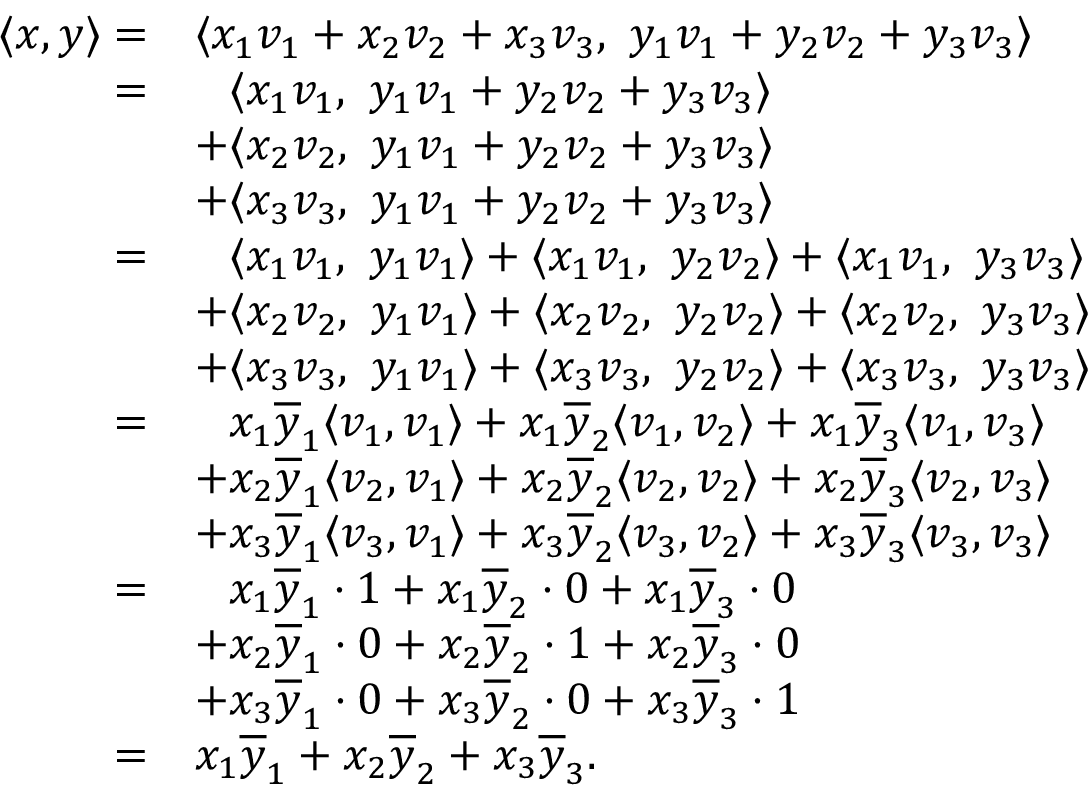
\begin{array} { r l } { \langle x , y \rangle = } & { \langle x _ { 1 } v _ { 1 } + x _ { 2 } v _ { 2 } + x _ { 3 } v _ { 3 } , \ y _ { 1 } v _ { 1 } + y _ { 2 } v _ { 2 } + y _ { 3 } v _ { 3 } \rangle } \\ { = } & { \phantom { + } \langle x _ { 1 } v _ { 1 } , \ y _ { 1 } v _ { 1 } + y _ { 2 } v _ { 2 } + y _ { 3 } v _ { 3 } \rangle } \\ & { + \langle x _ { 2 } v _ { 2 } , \ y _ { 1 } v _ { 1 } + y _ { 2 } v _ { 2 } + y _ { 3 } v _ { 3 } \rangle } \\ & { + \langle x _ { 3 } v _ { 3 } , \ y _ { 1 } v _ { 1 } + y _ { 2 } v _ { 2 } + y _ { 3 } v _ { 3 } \rangle } \\ { = } & { \phantom { + } \langle x _ { 1 } v _ { 1 } , \ y _ { 1 } v _ { 1 } \rangle + \langle x _ { 1 } v _ { 1 } , \ y _ { 2 } v _ { 2 } \rangle + \langle x _ { 1 } v _ { 1 } , \ y _ { 3 } v _ { 3 } \rangle } \\ & { + \langle x _ { 2 } v _ { 2 } , \ y _ { 1 } v _ { 1 } \rangle + \langle x _ { 2 } v _ { 2 } , \ y _ { 2 } v _ { 2 } \rangle + \langle x _ { 2 } v _ { 2 } , \ y _ { 3 } v _ { 3 } \rangle } \\ & { + \langle x _ { 3 } v _ { 3 } , \ y _ { 1 } v _ { 1 } \rangle + \langle x _ { 3 } v _ { 3 } , \ y _ { 2 } v _ { 2 } \rangle + \langle x _ { 3 } v _ { 3 } , \ y _ { 3 } v _ { 3 } \rangle } \\ { = } & { \phantom { + } x _ { 1 } \overline { y } _ { 1 } \langle v _ { 1 } , v _ { 1 } \rangle + x _ { 1 } \overline { y } _ { 2 } \langle v _ { 1 } , v _ { 2 } \rangle + x _ { 1 } \overline { y } _ { 3 } \langle v _ { 1 } , v _ { 3 } \rangle } \\ & { + x _ { 2 } \overline { y } _ { 1 } \langle v _ { 2 } , v _ { 1 } \rangle + x _ { 2 } \overline { y } _ { 2 } \langle v _ { 2 } , v _ { 2 } \rangle + x _ { 2 } \overline { y } _ { 3 } \langle v _ { 2 } , v _ { 3 } \rangle } \\ & { + x _ { 3 } \overline { y } _ { 1 } \langle v _ { 3 } , v _ { 1 } \rangle + x _ { 3 } \overline { y } _ { 2 } \langle v _ { 3 } , v _ { 2 } \rangle + x _ { 3 } \overline { y } _ { 3 } \langle v _ { 3 } , v _ { 3 } \rangle } \\ { = } & { \phantom { + } x _ { 1 } \overline { y } _ { 1 } \cdot 1 + x _ { 1 } \overline { y } _ { 2 } \cdot 0 + x _ { 1 } \overline { y } _ { 3 } \cdot 0 } \\ & { + x _ { 2 } \overline { y } _ { 1 } \cdot 0 + x _ { 2 } \overline { y } _ { 2 } \cdot 1 + x _ { 2 } \overline { y } _ { 3 } \cdot 0 } \\ & { + x _ { 3 } \overline { y } _ { 1 } \cdot 0 + x _ { 3 } \overline { y } _ { 2 } \cdot 0 + x _ { 3 } \overline { y } _ { 3 } \cdot 1 } \\ { = } & { x _ { 1 } \overline { y } _ { 1 } + x _ { 2 } \overline { y } _ { 2 } + x _ { 3 } \overline { y } _ { 3 } . } \end{array}